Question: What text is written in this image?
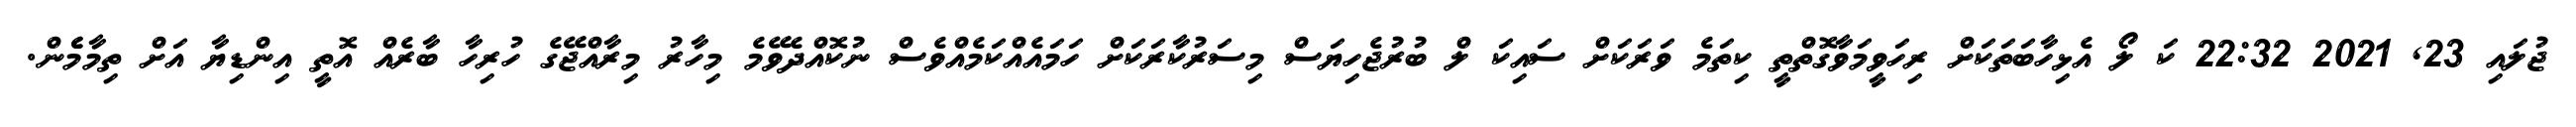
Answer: ޖުލައި 23, 2021 22:32 ކަ ލޯ އެޅިހާބަތަކަށް ރިހަވީމަވާގޮތްތީ ކިތަމެ ވަރަކަށް ސައިކަ ލް ބުރުޖެހިޔަސް މިސަރުކާރަކަށް ހަމައެއްކަމެއްވެސް ނުކޮއްދެވޭމެ މިހާރު މިރާއްޖޭގެ ހުރިހާ ބާރެއް އޮތީ އިންޑިޔާ އަށް ތިމާމެެން.